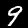
Digit: 9